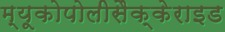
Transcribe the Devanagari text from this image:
म्यूकोपोलीसैक्केराइड